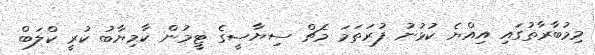
މިމުބާރާތުގައި އިއްޔެ ކުޅުނު ފުރަތަމަ މެޗް ސިޔާސީގެ ޓީމުން ކާމިޔާބު ކުރީ ކްލަބް